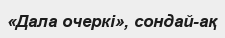
«Дала очеркі», сондай-ақ